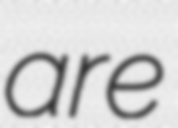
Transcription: are